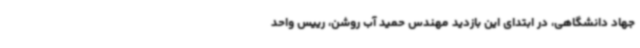
جهاد دانشگاهی، در ابتدای این بازدید مهندس حمید آب روشن، رییس واحد